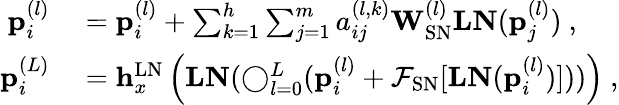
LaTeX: \begin{array}{rl}{\mathbf{p}_{i}^{(l)}}&{{}=\mathbf{p}_{i}^{(l)}+\sum_{k=1}^{h}\sum_{j=1}^{m}a_{ij}^{(l,k)}\mathbf{W}_{\mathrm{SN}}^{(l)}\mathbf{LN}(\mathbf{p}_{j}^{(l)})~,}\\ {\mathbf{p}_{i}^{(L)}}&{{}=\mathbf{h}_{x}^{\mathrm{LN}}\left(\mathbf{LN}(\mathbf{\bigcirc}_{l=0}^{L}(\mathbf{p}_{i}^{(l)}+\mathcal{F}_{\mathrm{SN}}[\mathbf{LN}(\mathbf{p}_{i}^{(l)})]))\right)~,}\end{array}